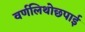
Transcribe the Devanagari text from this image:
वर्णलिथोछपाई